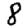
Digit: 8